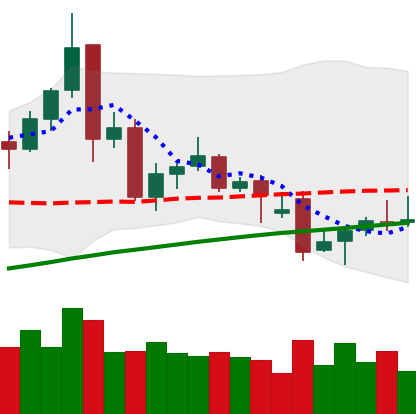
Ticker: TRX-USD
Chart end date: 2021-12-01
Forward return: -9.819%
Label: down_7plus